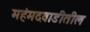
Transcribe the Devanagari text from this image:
महंमदवाडीतील